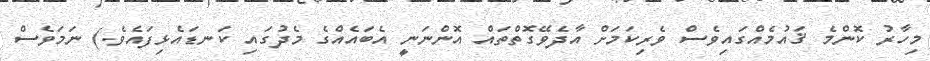
މިހާރު ކޮންމެ ޤައުމެއްގައިވެސް ވެރިކަމަށް އާދެވޭގޮތްތައް އޮންނަނީ އެބައެއްގެ މެދުގައި ކަނޑައެޅިފައެވެ.) ނަމަވެސް